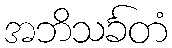
အဘိသင်္ခတံ